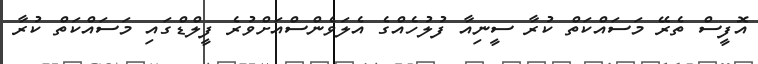
އޮފީސް ތެރޭ މަސައްކަތް ކުރާ ސީނިއާ ފުލުހެއްގެ އެލަވެންސްއަށްވުރެ ފީލްޑްގައި މަސައްކަތް ކުރާ